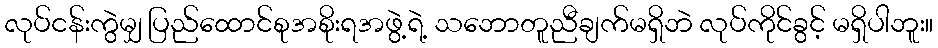
လုပ်ငန်းကွဲမျှ ပြည်ထောင်စုအစိုးရအဖွဲ့ရဲ့ သဘောတူညီချက်မရှိဘဲ လုပ်ကိုင်ခွင့် မရှိပါဘူး။